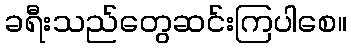
ခရီးသည်တွေဆင်းကြပါစေ။